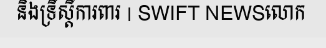
និងទ្រឹស្តីការពារ | SWIFT NEWSលោក